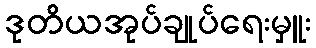
ဒုတိယအုပ်ချုပ်ရေးမှူး